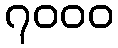
၇၀၀၀